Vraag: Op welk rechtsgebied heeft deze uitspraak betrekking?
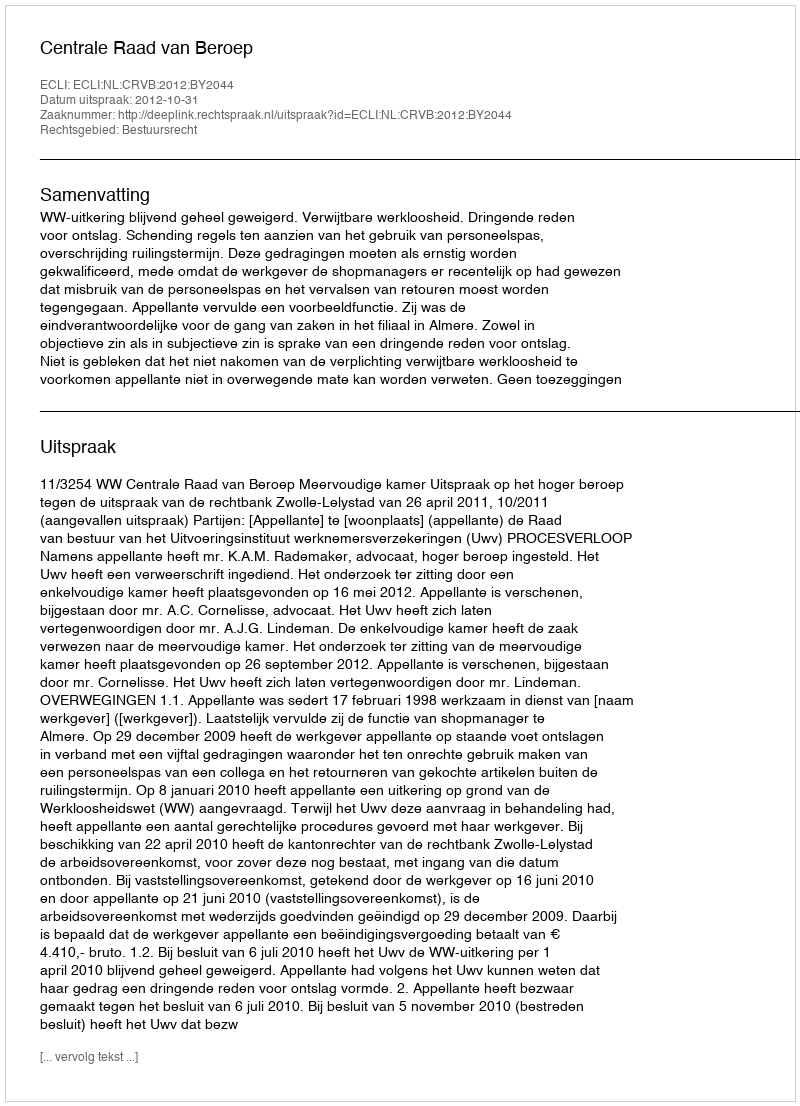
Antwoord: Bestuursrecht